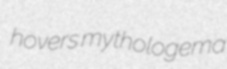
hovers mythologema